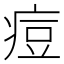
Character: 痘